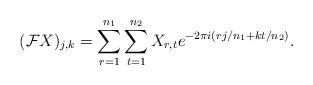
LaTeX: \begin{align*}({\mathcal F} X)_{j,k} = \sum_{r=1}^{n_1} \sum_{t=1}^{n_2} X_{r,t} e^{-2 \pi i (r j /n_1 + kt/n_2)}.\end{align*}